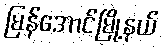
မြန်အောင်မြို့နယ်